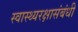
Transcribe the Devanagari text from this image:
स्वास्थ्यरक्षासंबंधी